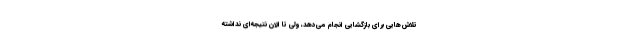
تلاش‌هایی برای بازگشایی انجام می‌دهد، ولی تا الان نتیجه‌ای نداشته